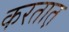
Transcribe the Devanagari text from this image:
करतात़